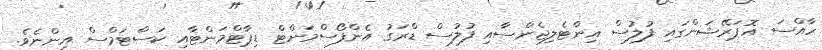
ހާއްސަ އޮޕަރޭޝަންގައި ފުލުސް އިންޓެލިޖެންސާއި ފުލުސް ޑްރަގު އެންފޯސްމަންޓް ޑިޕާޓްމަންޓާއި ކަސްޓަމްސް އިންނެވެ.